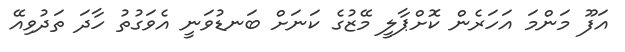
އަފޫ މަންމަ އަހަރެން ކޮށްޕާލީ މޭޒުގެ ކަނަށް ބަނޑުވަނީ އެވަގުތު ހާދަ ތަދުވިއޭ